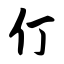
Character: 仃